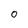
Character: 0